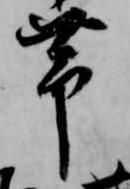
帯